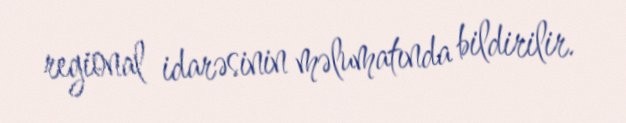
regional idarəsinin məlumatında bildirilir.